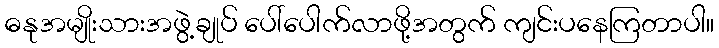
ဓနုအမျိုးသားအဖွဲ့ချုပ် ပေါ်ပေါက်လာဖို့အတွက် ကျင်းပနေကြတာပါ။